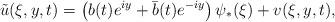
LaTeX: \begin{align*}\tilde{u}(\xi,y,t) = \left( b(t) e^{iy} + \bar{b}(t) e^{-iy} \right) \psi_*(\xi) + v(\xi,y,t),\end{align*}